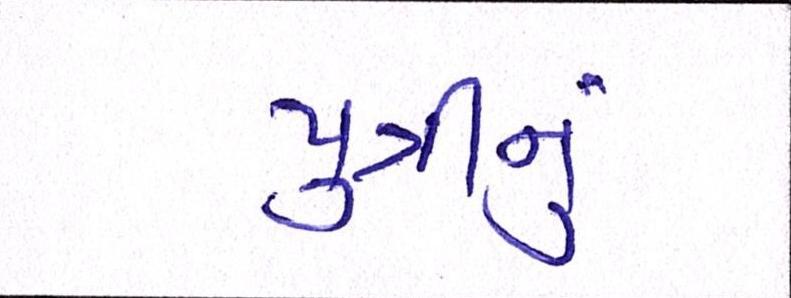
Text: પુત્રીનું